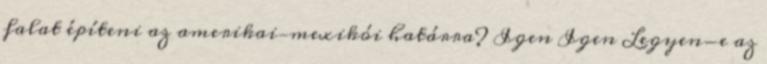
falat építeni az amerikai—mexikói határra? Igen Igen Legyen-e az